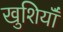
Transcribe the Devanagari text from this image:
खुशियॉँ